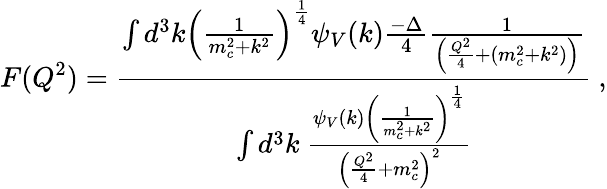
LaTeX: F(Q^{2})={\frac{\int d^{3}k\left({\frac{1}{m_{c}^{2}+k^{2}}}\right)^{\frac{1}{4}}\psi_{V}(k){\frac{-\Delta}{4}}{\frac{1}{\left({\frac{Q^{2}}{4}}+(m_{c}^{2}+k^{2})\right)}}}{\int d^{3}k~{\frac{\psi_{V}(k)\left({\frac{1}{m_{c}^{2}+k^{2}}}\right)^{\frac{1}{4}}}{\left({\frac{Q^{2}}{4}}+m_{c}^{2}\right)^{2}}}}}\ ,